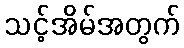
သင့်အိမ်အတွက်